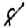
Digit: 8